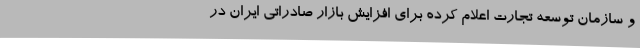
و سازمان توسعه تجارت اعلام کرده برای افزایش بازار صادراتی ایران در